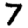
Digit: 7